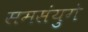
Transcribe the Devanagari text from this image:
समसंयुगे